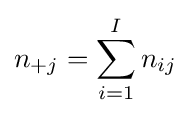
n_{+j}=\sum _{i=1}^{I}n_{ij}